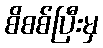
စိစစ်ပြီးမှ